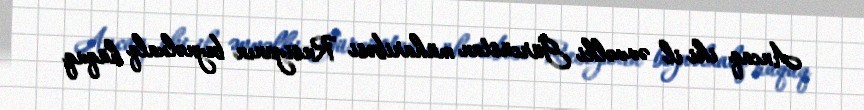
Ancaq iki il əvvəlki Gürcüstan müharibəsi Rusiyanın beynəlxalq hüquq